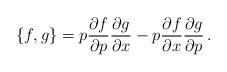
LaTeX: \begin{align*}{ \{ f,g \} } = p \frac{\partial f}{\partial p}\frac{\partial g}{\partial x} - p \frac{\partial f}{\partial x}\frac{\partial g}{\partial p}\,.\end{align*}